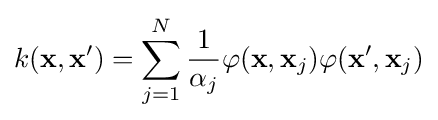
k(\mathbf {x} ,\mathbf {x'} )=\sum _{j=1}^{N}{\frac {1}{\alpha _{j}}}\varphi (\mathbf {x} ,\mathbf {x} _{j})\varphi (\mathbf {x} ',\mathbf {x} _{j})